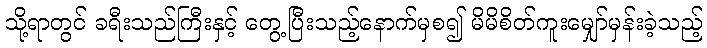
သို့ရာတွင် ခရီးသည်ကြီးနှင့် တွေ့ပြီးသည့်နောက်မှစ၍ မိမိစိတ်ကူးမျှော်မှန်းခဲ့သည့်